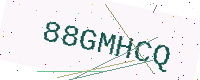
Text: 88GMHCQ